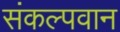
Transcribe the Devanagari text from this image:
संकल्पवान